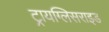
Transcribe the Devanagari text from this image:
ट्रायग्लिसराइड